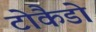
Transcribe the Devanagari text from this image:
टोकैडो